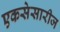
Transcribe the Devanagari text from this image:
एकसेसारीज